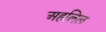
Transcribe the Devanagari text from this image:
अहलिल